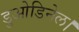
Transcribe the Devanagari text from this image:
डुओडिनेल।